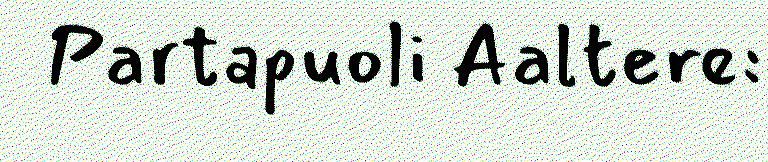
Partapuoli Aaltere: